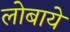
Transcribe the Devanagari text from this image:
लोबाये